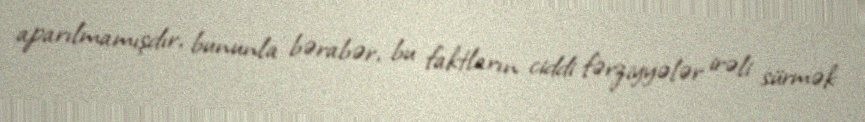
aparılmamışdır, bununla bərabər, bu faktların ciddi fərziyyələr irəli sürmək